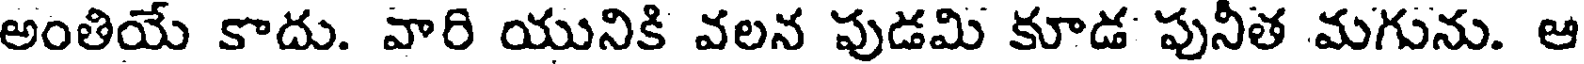
అంతియే కాదు. వారి యునికి వలన పుడమి కూడ పునీత మగును. ఆ